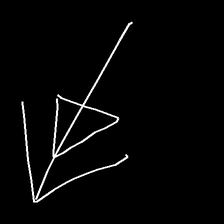
Glyph: pull